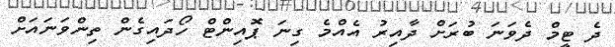
ދެ ޓީމް ދެވަނަ ބުރަށް ދާއިރު އެއްމެ ގިނަ ޕޮއިންޓް ހޯދައިގެން ތިންވަނައަށް